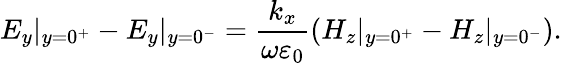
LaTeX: E_{y}|_{y=0^{+}}-E_{y}|_{y=0^{-}}=\frac{k_{x}}{\omega\varepsilon_{0}}\left(H_{z}|_{y=0^{+}}-H_{z}|_{y=0^{-}}\right).